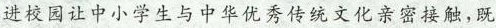
进校园让中小学生与中华优秀传统文化亲密接触,既